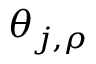
\theta _ { j , \rho }